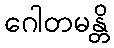
ဂေါတမန္တိ